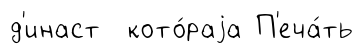
д'инаст кото́раjа П'еча́ть